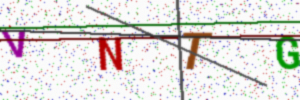
Text: VNTG